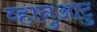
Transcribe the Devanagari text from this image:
व्हानुआटु